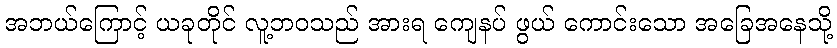
အဘယ်ကြောင့် ယခုတိုင် လူ့ဘဝသည် အားရ ကျေနပ် ဖွယ် ကောင်းသော အခြေအနေသို့